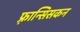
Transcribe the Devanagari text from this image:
फ़्रान्सिसकन